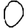
Digit: 0